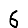
Digit: 6